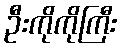
ဦးကိုကိုကြီး